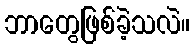
ဘာတွေဖြစ်ခဲ့သလဲ။